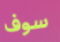
سوف